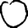
Digit: 0